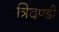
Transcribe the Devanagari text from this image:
त्रिदण्डी